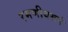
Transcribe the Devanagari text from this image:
रमणीयरूपं